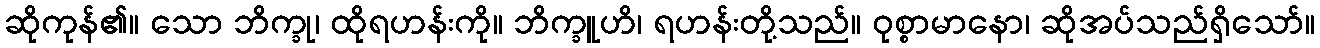
ဆိုကုန်၏။ သော ဘိက္ခု၊ ထိုရဟန်းကို။ ဘိက္ခူဟိ၊ ရဟန်းတို့သည်။ ဝုစ္စာမာနော၊ ဆိုအပ်သည်ရှိသော်။